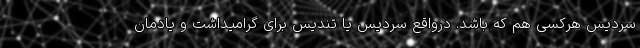
سردیس هرکسی هم که باشد. درواقع سردیس یا تندیس برای گرامیداشت و یادمان